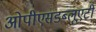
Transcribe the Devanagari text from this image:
ओपीएसडब्लूएटी